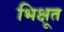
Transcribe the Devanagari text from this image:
भिक्षूत